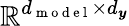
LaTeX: \mathbb{R}^{d_{\mathrm{~m~o~d~e~l~}}\times d_{\boldsymbol{y}}}